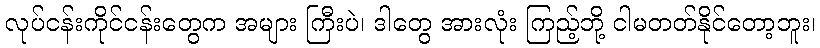
လုပ်ငန်းကိုင်ငန်းတွေက အများ ကြီးပဲ၊ ဒါတွေ အားလုံး ကြည့်ဘို့ ငါမတတ်နိုင်တော့ဘူး၊